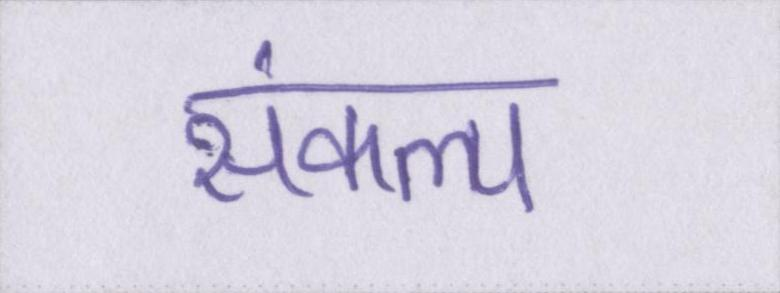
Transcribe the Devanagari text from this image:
संकल्प